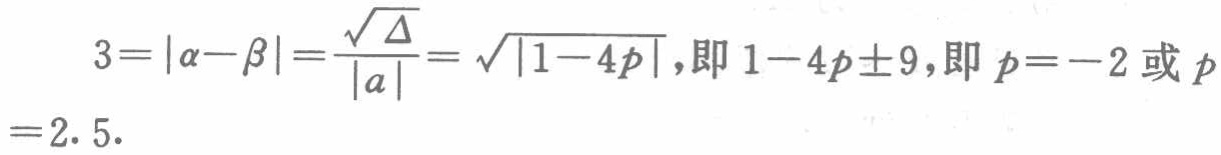
\[
3 = |\alpha - \beta|=\frac{\sqrt{\Delta}}{|a|}=\sqrt{|1 - 4p|},\text{即 }1 - 4p=\pm9,\text{即 }p = - 2\text{ 或 }p = 2.5.
\]